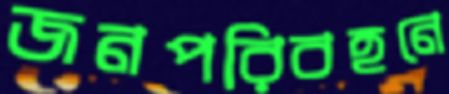
জনপরিবহনে